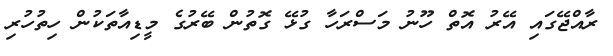
ރާއްޖޭގައި އޭރު އޮތް ހޫނު މަސްރަހާ ގުޅޭ ގޮތުން ބޭރުގެ މީޑިއާތަކުން ހިތުހުރި